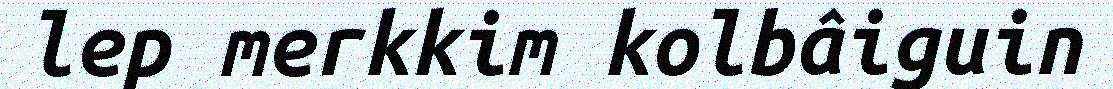
lep merkkim kolbâiguin